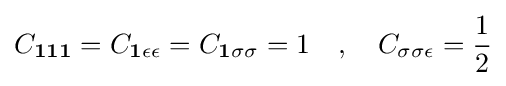
C_{\mathbf {1} \mathbf {1} \mathbf {1} }=C_{\mathbf {1} \epsilon \epsilon }=C_{\mathbf {1} \sigma \sigma }=1\quad ,\quad C_{\sigma \sigma \epsilon }={\frac {1}{2}}